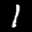
Label: 1